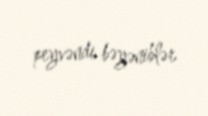
peyvəndi bəyəniblər.